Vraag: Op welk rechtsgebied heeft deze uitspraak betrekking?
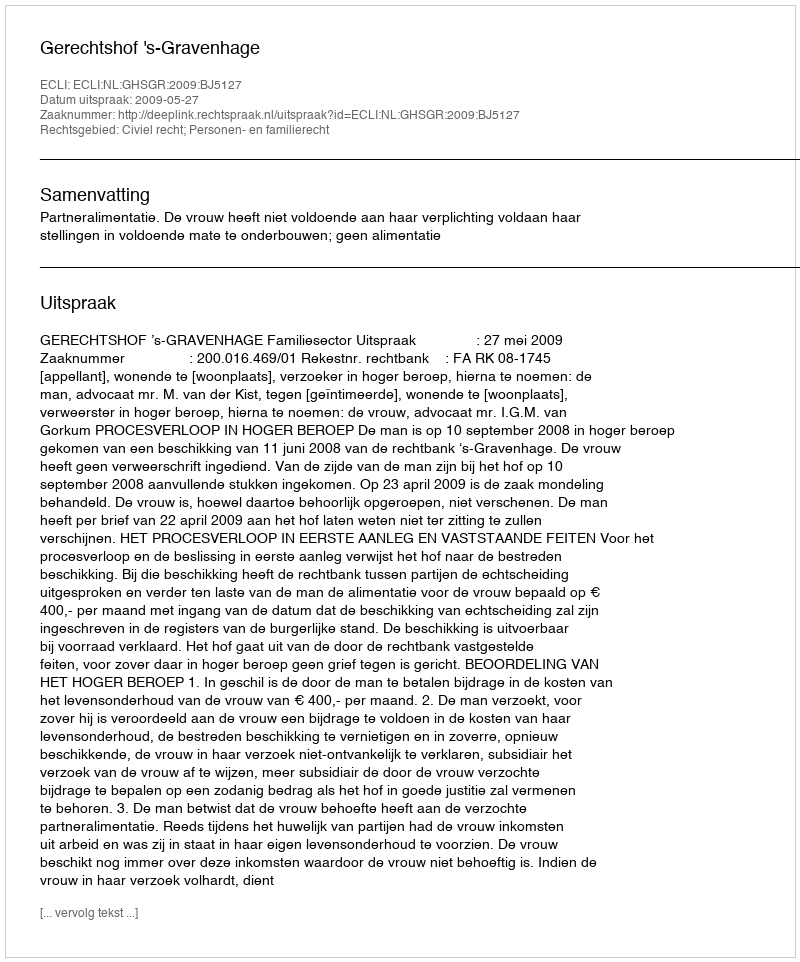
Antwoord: Civiel recht; Personen- en familierecht